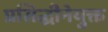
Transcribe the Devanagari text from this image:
प्रसिद्धीनेयुक्त